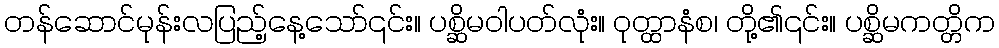
တန်ဆောင်မုန်းလပြည့်နေ့သော်၎င်း။ ပစ္ဆိမဝါပတ်လုံး။ ဝုတ္ထာနံစ၊ တို့၏၎င်း။ ပစ္ဆိမကတ္တိက